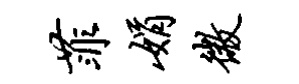
菲娟微